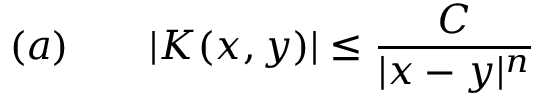
( a ) \qquad | K ( x , y ) | \leq { \frac { C } { | x - y | ^ { n } } }